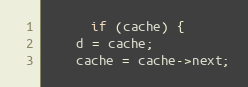
Language: C++
      if (cache) {
	d = cache;
	cache = cache->next;